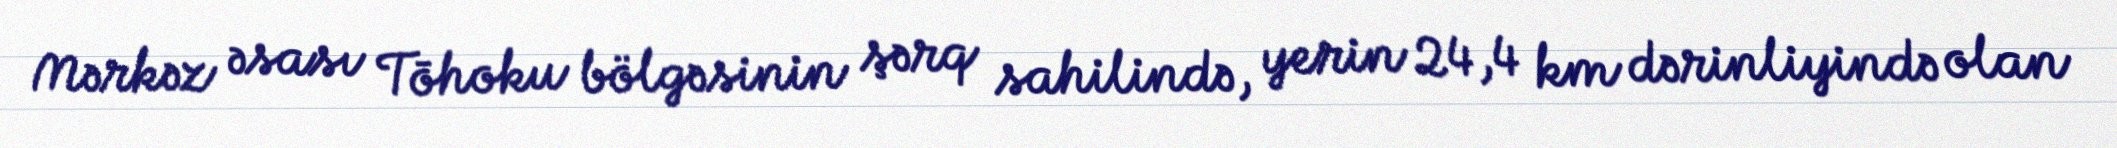
Mərkəz əsası Tōhoku bölgəsinin şərq sahilində, yerin 24,4 km dərinliyində olan